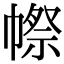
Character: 㡜